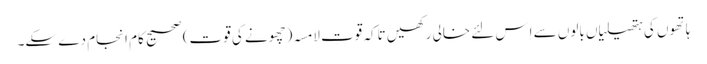
ہاتھوں کی ہتھیلیاں بالوں سے اِس لئے خالی رکھیں تاکہ قوتِ لامسہ(چھونے کی قوت) صحیح کام انجام دے سکے۔